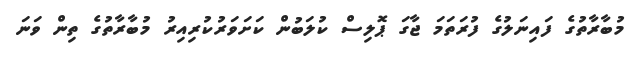
މުބާރާތުގެ ފައިނަލުގެ ފުރަތަމަ ޖާގަ ޕޮލިސް ކުލަބުން ކަށަވަރުކުރިއިރު މުބާރާތުގެ ތިން ވަނަ